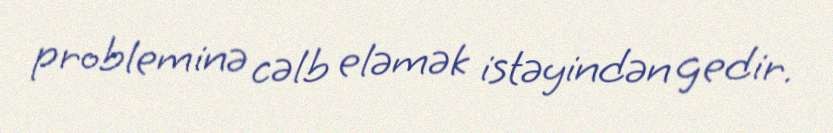
probleminə cəlb eləmək istəyindən gedir.